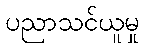
ပညာသင်ယူမှု